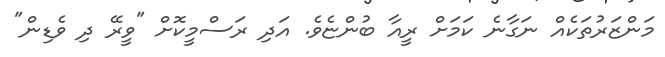
މަންޒަރުތަކެއް ނަގާނެ ކަމަށް ރީއާ ބުންޏެވެ. އަދި ރަސްމީކޮށް "ވީރޭ ދި ވެޑިން"